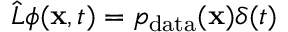
\hat { L } \phi ( \mathbf { x } , t ) = p _ { \mathrm { d a t a } } ( \mathbf { x } ) \delta ( t )